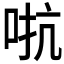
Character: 𫩽